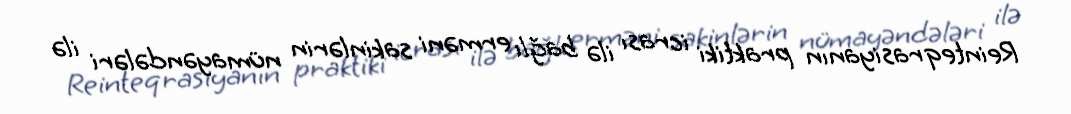
Reinteqrasiyanın praktiki icrası ilə bağlı erməni sakinlərin nümayəndələri ilə